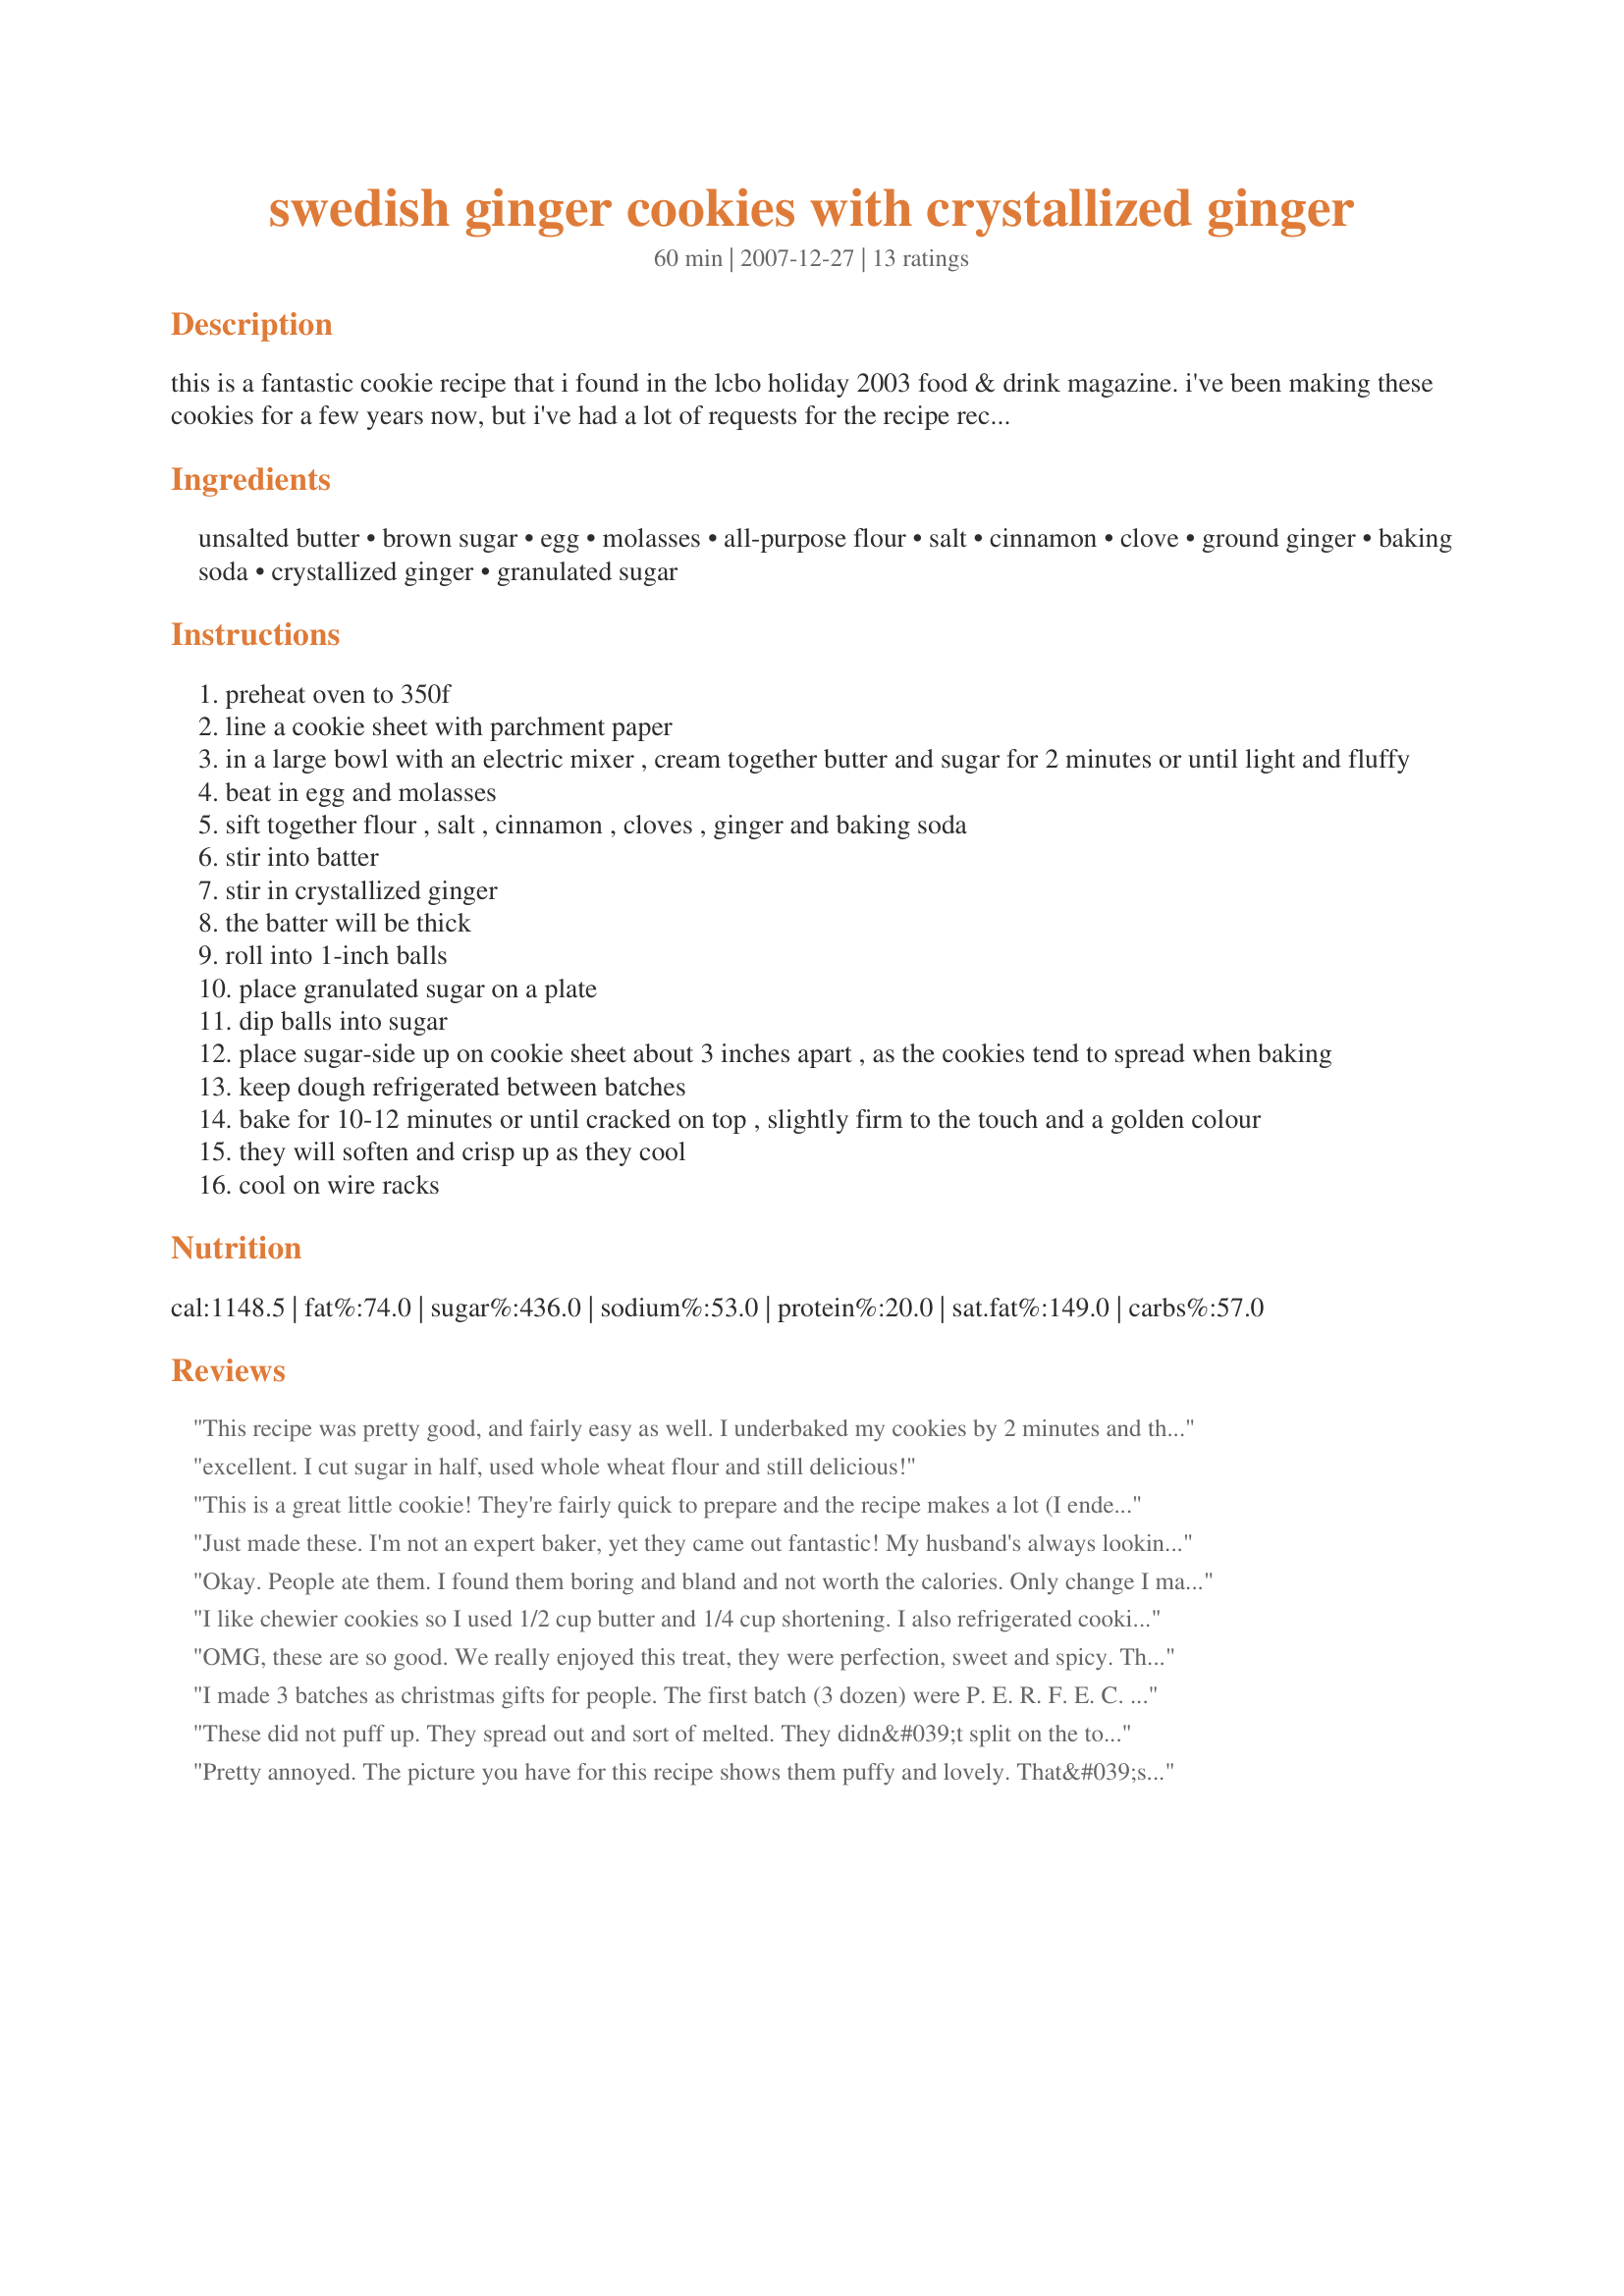
swedish ginger cookies with crystallized ginger
Preparation time: 60 minutes

this is a fantastic cookie recipe that i found in the lcbo holiday 2003 food & drink magazine. i've been making these cookies for a few years now, but i've had a lot of requests for the recipe recently! i hope you enjoy them too!

Ingredients:
unsalted butter, brown sugar, egg, molasses, all-purpose flour, salt, cinnamon, clove, ground ginger, baking soda, crystallized ginger, granulated sugar

Steps:
preheat oven to 350f
line a cookie sheet with parchment paper
in a large bowl with an electric mixer , cream together butter and sugar for 2 minutes or until light and fluffy
beat in egg and molasses
sift together flour , salt , cinnamon , cloves , ginger and baking soda
stir into batter
stir in crystallized ginger
the batter will be thick
roll into 1-inch balls
place granulated sugar on a plate
dip balls into sugar
place sugar-side up on cookie sheet about 3 inches apart , as the cookies tend to spread when baking
keep dough refrigerated between batches
bake for 10-12 minutes or until cracked on top , slightly firm to the touch and a golden colour
they will soften and crisp up as they cool
cool on wire racks

Reviews:
This recipe was pretty good, and fairly easy as well. I underbaked my cookies by 2 minutes and they were perfectly chewy, even a week later! my only complaint is the crystallized ginger. I felt this made them too "gingery", almost soap tasting. Next time i make this recipe i will omit the crystallized ginger and only use the powdered ginger. this is just my personal preference though, everyone else who tasted the cookies thought they were the best gingersnaps ever! :)
excellent. I cut sugar in half, used whole wheat flour and still delicious!
This is a great little cookie! They're fairly quick to prepare and the recipe makes a lot (I ended up with 75 cookies). I've started using parchment paper as directed in this recipe for all my cookie baking and it makes clean-up a snap.
Just made these. I'm not an expert baker, yet they came out fantastic! My husband's always looking for the most gingery cookies with ginger bits in it (the kind his ex-girlfriend's mom used to make &gt;:( But now... I think I beat her LOL. Didn't have any butter so I used margarine. Cookies came out to be 1cm thick (don't know if that's fluffy or flat). I used a small cookie scooper thingy and I made 70 cookies. I baked them for 10 minutes each sheet and they're chewy. They are not overly sweet, but still quite sweet, with a perfect ginger kick. I LOVE THIS RECIPE. Oh ... took me 45 minutes from turning on the oven, to finding what I needed, all the way to having them cool on the sheets. Quick, easy, yummy. I'm a true chocolate lover, but ate 4 cookies while typing this review.
Okay. People ate them. I found them boring and bland and not worth the calories. Only change I made was to use demarara sugar instead of granulated for dipping. I was generous with the crystallized ginger and couldn't taste it much. still looking for something really ginger tasting
I like chewier cookies so I used 1/2 cup butter and 1/4 cup shortening. I also refrigerated cookies 5 minutes before baking until just starting to crack on top (9 minutes for me). Delicious!
OMG, these are so good. We really enjoyed this treat, they were perfection, sweet and spicy. These tasty cookies were quick and really easy to make. The end result is out of this world good. I am wishing that I would have made another batch, maybe tomorrow. Made exactly as written, I wouldn&#039;t change a thing. The cookies were crisp yet chewy. The children ate them up just as quickly as the adults did. Kudos on your wonderful recipe and for making me look like a star. Made for Sweet Dreams 2013.
I made 3 batches as christmas gifts for people. The first batch (3 dozen) were P. E. R. F. E. C. T. I made twice tge amount of dough for the other two batches to save some time. Not sure what happened, but they did seem to come out a bit flat after the first 3 dozen. I DID add a pinch of cayenne pepper (which, flavorwise was totally a good call), but it was the only thibg i did differently, other than double the recipe. Overall, i am completely satisfied. Cookies tasted awesome whether they were more puffy or flat.
These did not puff up. They spread out and sort of melted. They didn&#039;t split on the top and were generally very disappointing.
Pretty annoyed. The picture you have for this recipe shows them puffy and lovely. That&#039;s one of the reasons I made them. However, mine came out VERY flat. I then looked up the original recipe from the LCBO Holiday 2003 Food &amp; Drink magazine, and, indeed, the original shows these to be very flat cookies.
I made these to bring to work. News about the cookies traveled fast and people literally descended on my office, then came back with friends. I mostly made as directed, but had no cloves so subbed about 1/4t nutmeg. I didn't bother with the rolling in sugar and just made little teaspoon-sized drop cookies, yield was about 3 dozen from a half-recipe. They're like a thin, chewy gingersnap.
The best ginger snaps EVER!!. I left them in the oven for about 15 and now I have some nice crispy ginger snaps.
These are absolutely delicious! I followed the recipe exactly and they came out great, tasty and chewy!
